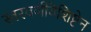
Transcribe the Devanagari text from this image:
स्वरवर्णविशिष्टेन